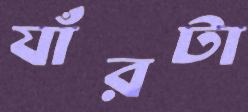
যাঁরটা